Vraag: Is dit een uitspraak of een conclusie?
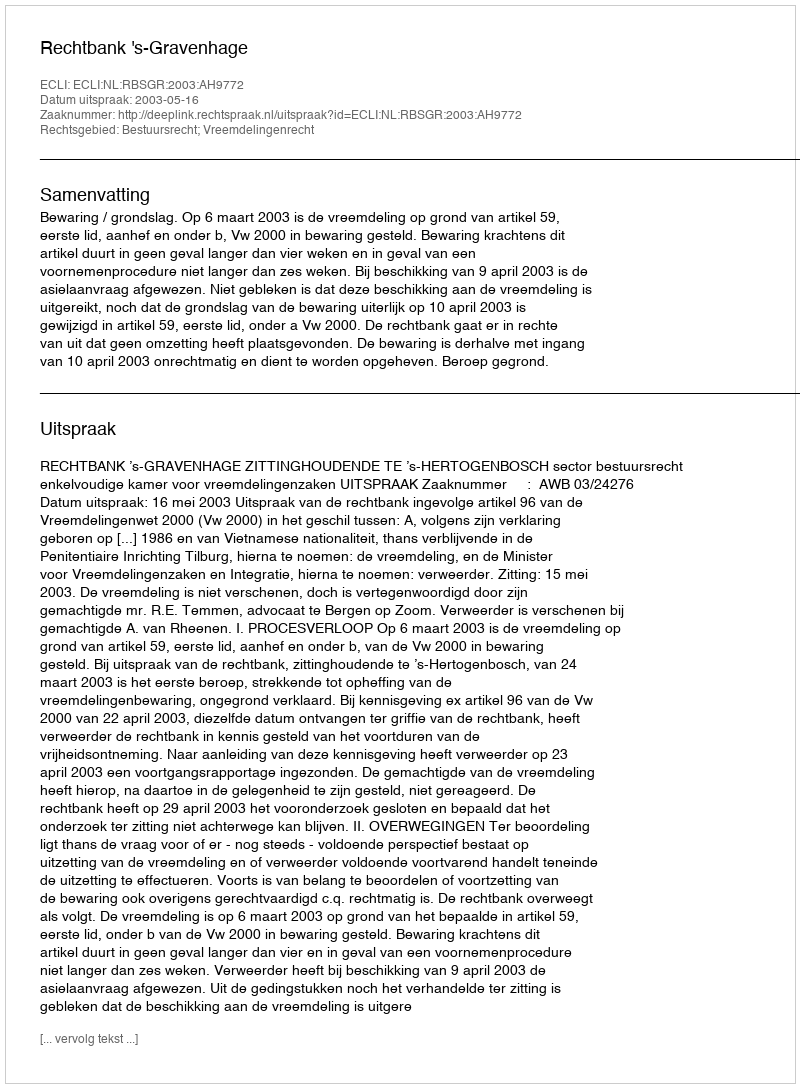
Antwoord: Uitspraak